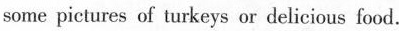
some pictures of turkeys or delicious food.